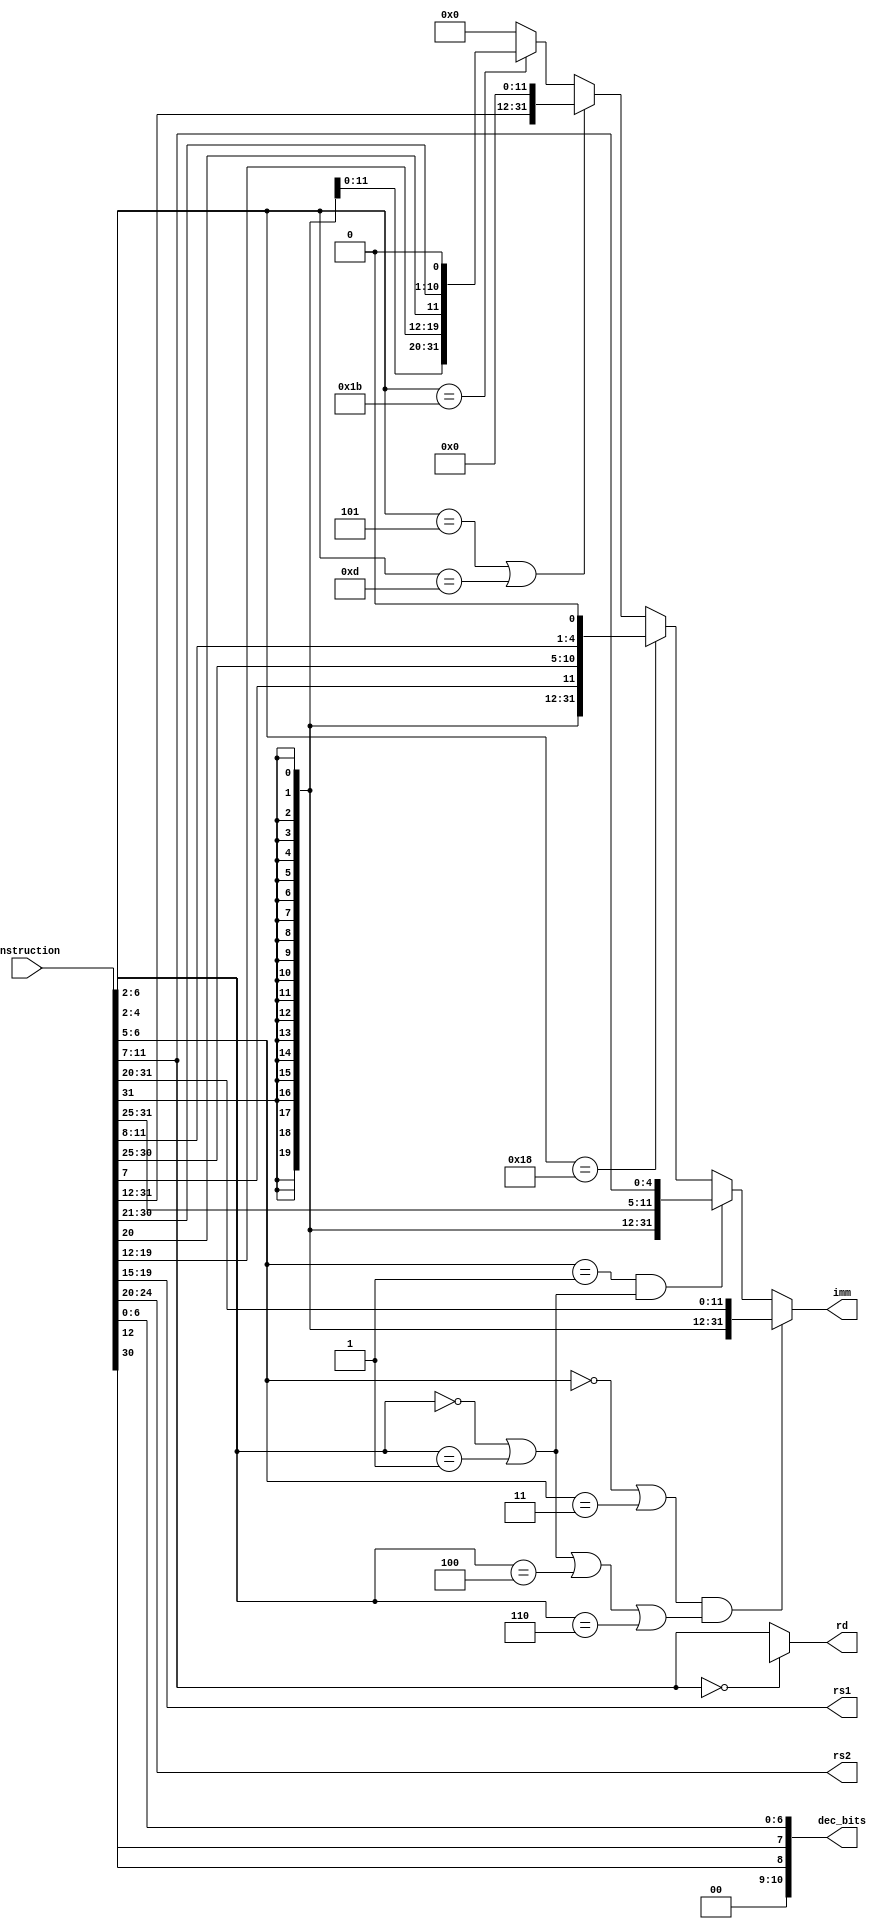
module decode(
	input [31:0] instruction,
	output [4:0] rs1,
	output [4:0]rs2,
	output [4:0] rd,
	output [31:0] imm,
	output [10:0] dec_bits
);
	wire [31:0] imm;
	wire is_u_type;
	wire is_i_type;
	wire is_r_type;
	wire is_s_type;
	wire is_b_type;
	wire is_j_type;
	assign is_u_type = (instruction[6:2] == 5'b00101 || instruction[6:2] == 5'b01101);
	assign is_i_type = (instruction[6:5]==2'b00 || instruction[6:5] == 2'b11 )&(instruction[4:2] == 3'b000 || instruction[4:2] == 3'b001 || instruction[4:2] == 3'b100 || instruction[4:2] == 3'b110);
	assign is_r_type = (instruction[6:5]==2'b01 || instruction[6:5] == 2'b10)&( instruction[4:2] == 3'b011 || instruction[4:2] == 3'b100 || instruction[4:2] == 3'b110);
	assign is_s_type = (instruction[6:5]==2'b01)&(instruction[4:2] == 3'b000 || instruction[4:2] == 3'b001);
	assign is_b_type = (instruction[6:2] == 5'b11000);
	assign is_j_type = (instruction[6:2] == 5'b11011);
	
	wire rs2_valid,imm_valid,rs1_valid;
	wire [2:0] func3;
	wire [6:0] opcode;
	assign opcode = instruction[6:0];
	assign rs2 = instruction[24:20];
	assign rs1 = instruction[19:15];
	assign funct3 = instruction[14:12];
	assign rd = (instruction[11:7]==5'd0) ? 5'dx : instruction[11:7];
	assign rs2_valid = is_u_type || is_s_type || is_b_type;
	assign imm_valid = ~(is_r_type);
	assign rs1_valid = is_r_type || is_s_type || is_b_type || is_i_type;
	assign imm = is_i_type ? {{21{instruction[31]}},instruction[30:20]}:
		     is_s_type ? {{21{instruction[31]}},instruction[30:25],instruction[11:7]}:
		     is_b_type ? {{20{instruction[31]}},instruction[7],instruction[30:25],instruction[11:8],1'b0}:
		     is_u_type ? {instruction[31],instruction[30:20],instruction[19:12],{12{1'b0}}}:
		     is_j_type ? {{12{instruction[31]}},instruction[19:12],instruction[20],instruction[30:25],instruction[24:21],1'b0} : 31'd0;
		    
	assign dec_bits[10:0] = {instruction[30],funct3,opcode};
	
	
endmodule